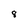
Character: 8